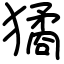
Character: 獝